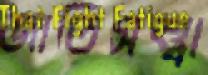
জাতিসত্ত্বা